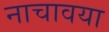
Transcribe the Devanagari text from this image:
नाचावया